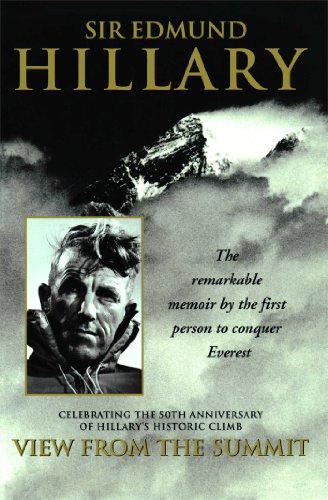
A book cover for View from the Summit: The Remarkable Memoir by the First Person to Conquer Everest; Sir Edmund Hillary; Biographies & Memoirs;